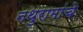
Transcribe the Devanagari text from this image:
नथुरामांचे